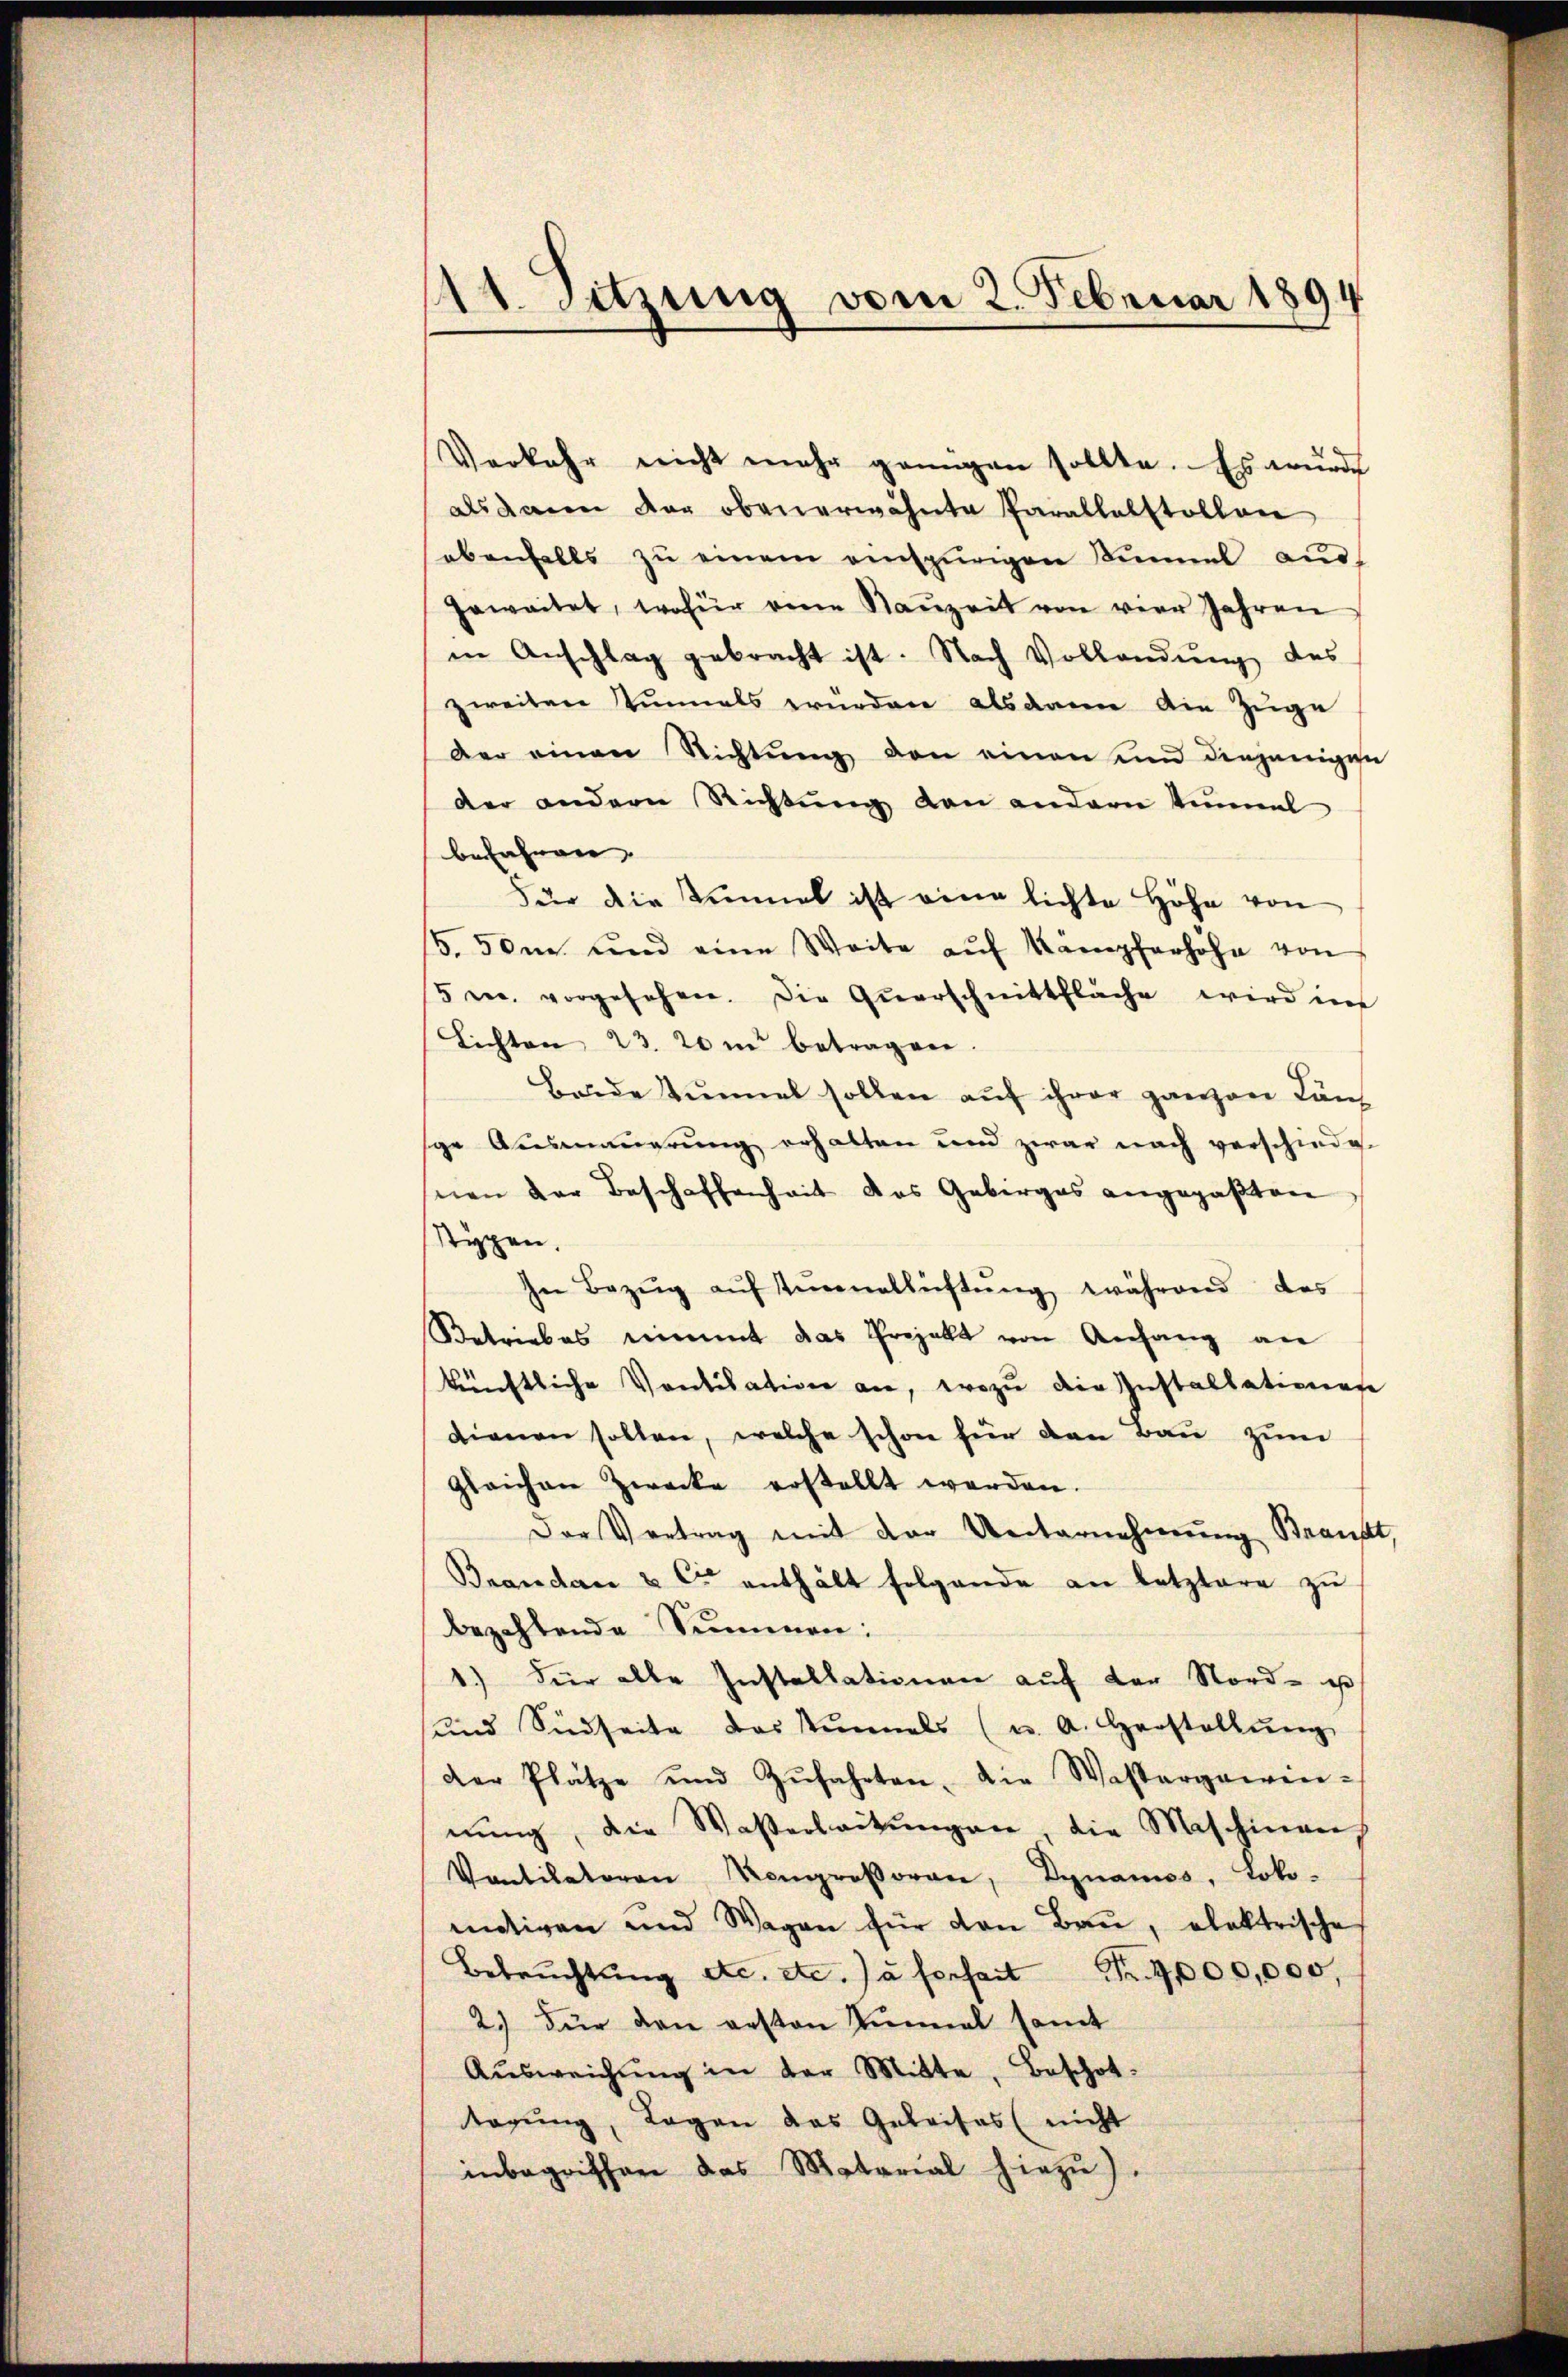
111. Sitzung vom 2. Februar 1894

Verkehr nicht mehr genügen sollte. Es wurde
als dann der obenerwähnte Parallelstollen
ebenfalls zŭ einem anspurigen Kumme aus-
geweitet, wofür eine Raŭzeit von vier Jahren
in Anschlag gebracht ist. Nach Vollandŭng des
zweiten einmals würden alsdann die Zuge
Der einen Richtŭng von einen und diejenigen
der andern Richtŭng den andern einmal
befahren
Für die Zimmel ist eine lichte Höhe von
5.50m und eine Weite aŭf Kampferhöhe von
5 c. vorgesehen. Die Querschnittfläche wird in
Lichten 23. 20 m betragen.
Beide Tunnel sollen auf ihrer ganzen Lan
ge Ausmauerung erhalten und zwar nach verschiede
snien der Beschaffenheit das Gebirges angepaβten
stypen.
In Bezŭg aŭf Turnallüftŭng während das
Betriebes nimmt das Projekt von Anfang an
künftliche Vortisation an, wozu die Installationen
dienen sollen, welche schon für den Bau zum
gleichen Zwecke erstellt werden.
Der Vertrag mit der Unternehmung Beauft,
Brandau & Cie enthält folgende an letztere zu
bezahlende Summen:
1.) Für alle Installationen auf der Nord- u
und Südseite das Sinnels (u. A. Herstellŭng
der Plätze und Zŭfahrten. Die Wassergewin-
nŭng, die Waßerbeitŭngen, die Maschinen
Ventilatoren Rengroβoran, Dynamos, Loko-
mitiven und Wagen für den Baŭ, elektrische
Bebrŭchtŭng etc. etc.) à ferfait Fr. 9 000,000,
2.) Für den gesten Einmal samt
Aŭsweichŭng in der Mitte, Beschot
tagung, Tagen das Geleises (nicht
inbegriffen das Motorial hiezu